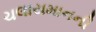
ચલાયમાનની